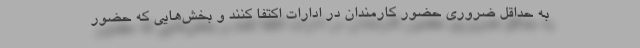
به حداقل ضروری حضور کارمندان در ادارات اکتفا کنند و بخش‌هایی که حضور